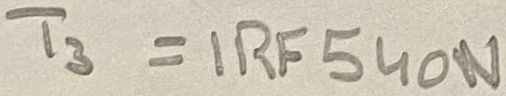
Text: T3 = IRF540N